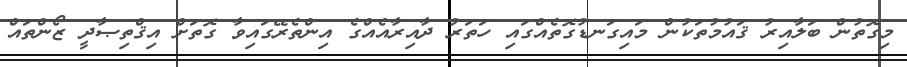
މިގޮތުން ބަލާއިރު ޤައުމުތަކުން މައިގަނޑުގޮތެއްގައި ހަތަރު ދާއިރާއެއްގެ އިންތެރޭގައިވާ ގޮތަށް އިޤްތިޞާދީ ޒޯންތައް